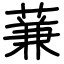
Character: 蒹